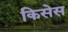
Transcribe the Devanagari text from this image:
किसेस